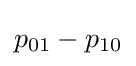
p_{01}-p_{10}